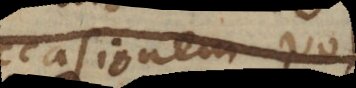
occasionem voto